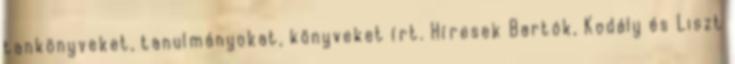
tankönyveket, tanulmányokat, könyveket írt. Híresek Bartók, Kodály és Liszt